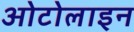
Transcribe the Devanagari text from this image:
ओटोलाइन